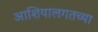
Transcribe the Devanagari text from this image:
आशियालगतच्या